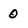
Character: 0